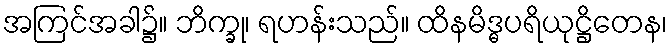
အကြင်အခါ၌။ ဘိက္ခု၊ ရဟန်းသည်။ ထိနမိဒ္ဓပရိယုဋ္ဌိတေန၊